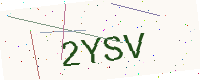
Text: 2YSV